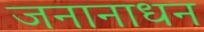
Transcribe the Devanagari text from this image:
जनानाधन